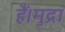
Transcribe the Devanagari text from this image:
हैं।मुद्रा